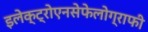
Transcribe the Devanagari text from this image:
इलेक्ट्रोएनसेफेलोग्राफी